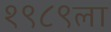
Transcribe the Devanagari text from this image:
१९८९ला